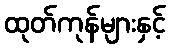
ထုတ်ကုန်များနှင့်